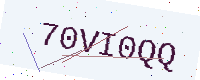
Text: 70VI0QQ